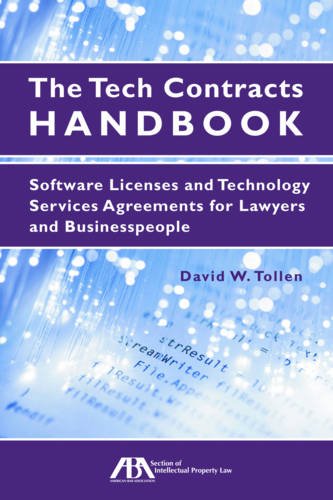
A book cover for The Tech Contracts Handbook: Software Licenses and Technology Services Agreements for Lawyers and Businesspeople; David W. Tollen; Computers & Technology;